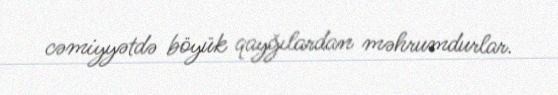
cəmiyyətdə böyük qayğılardan məhrumdurlar.